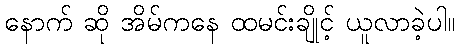
နောက် ဆို အိမ်ကနေ ထမင်းချိုင့် ယူလာခဲ့ပါ။